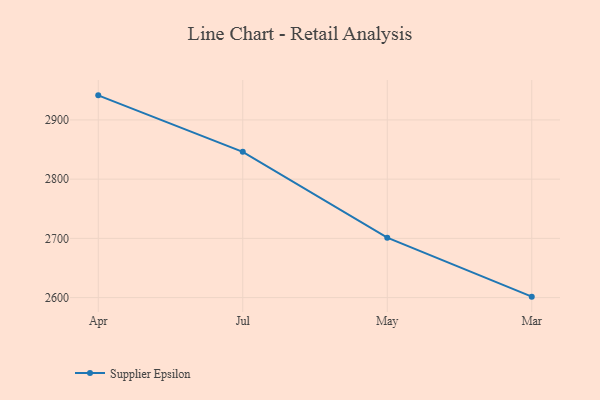
{"axis": {"x": "Month", "y": "Conversion Rate (%)"}, "legend": ["Supplier Epsilon"], "data": [{"x": "Apr", "y": 2941.5, "type": "Supplier Epsilon"}, {"x": "Jul", "y": 2846.1, "type": "Supplier Epsilon"}, {"x": "May", "y": 2701.2, "type": "Supplier Epsilon"}, {"x": "Mar", "y": 2601.6, "type": "Supplier Epsilon"}]}